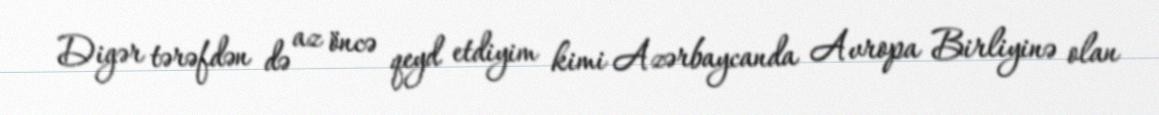
Digər tərəfdən də az öncə qeyd etdiyim kimi Azərbaycanda Avropa Birliyinə olan